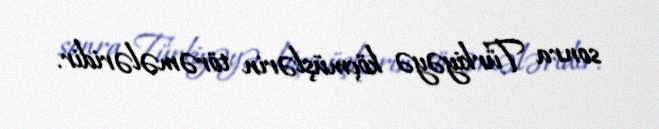
sonra Türkiyəyə köçmüşlərin törəmələridir.